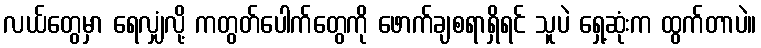
လယ်တွေမှာ ရေလျှံလို့ ကတွတ်ပေါက်တွေကို ဖောက်ချစရာရှိရင် သူပဲ ရှေ့ဆုံးက ထွက်တာပဲ။